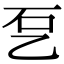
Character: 乭